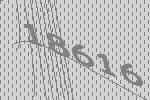
18616